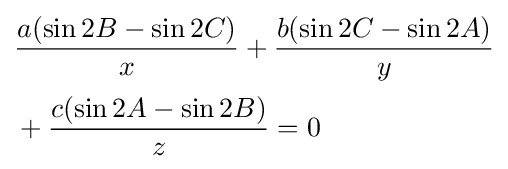
{\begin{aligned}&{\frac {a(\sin 2B-\sin 2C)}{x}}+{\frac {b(\sin 2C-\sin 2A)}{y}}\\[2pt]&+{\frac {c(\sin 2A-\sin 2B)}{z}}=0\end{aligned}}